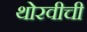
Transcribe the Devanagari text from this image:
थोरवीची